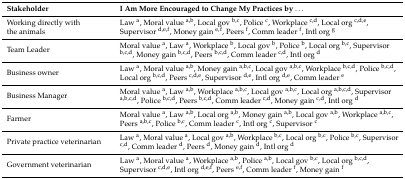
<table><thead><tr><td><b>Stakeholder</b></td><td><b>I Am More Encouraged to Change My Practices by...</b></td></tr></thead><tbody><tr><td>Working directly with the animals</td><td>Law <sup>a</sup>, Moral value <sup>a,b</sup>, Local gov <sup>b,c</sup>, Police <sup>c</sup>, Workplace <sup>c,d</sup>, Local org <sup>c,d,e</sup>, Supervisor <sup>d,e,f</sup>, Money gain <sup>e,</sup><sup>f</sup>, Peers <sup>f</sup>, Comm leader <sup>f</sup>, Intl org <sup>g</sup></td></tr><tr><td>Team Leader</td><td>Moral value <sup>a</sup>, Law <sup>a</sup>, Workplace <sup>b</sup>, Local gov <sup>b</sup>, Police <sup>b</sup>, Local org <sup>b,c</sup>, Supervisor <sup>b,c,d</sup>, Money gain <sup>b,c,d</sup>, Peers <sup>b,c,d</sup>, Comm leader <sup>c,d</sup>, Intl org <sup>d</sup></td></tr><tr><td>Business owner</td><td>Law <sup>a</sup>, Moral value <sup>a,b</sup>, Money gain <sup>a,b,c</sup>, Local gov <sup>a,b,c</sup>, Workplace <sup>b,c,d</sup>, Police <sup>b,c,d</sup>, Local org <sup>b,c,d</sup>, Peers <sup>c,d,e</sup>, Supervisor <sup>d,e</sup>, Intl org <sup>d,e</sup>, Comm leader <sup>e</sup></td></tr><tr><td>Business Manager</td><td>Moral value <sup>a</sup>, Law <sup>a,b</sup>, Workplace <sup>a,b,c</sup>, Local gov <sup>a,b,c</sup>, Local org <sup>a,b,c,d</sup>, Supervisor <sup>a,b,c,d</sup>, Police <sup>b,c,d</sup>, Peers <sup>b,c,d</sup>, Comm leader <sup>c,d</sup>, Money gain <sup>c,d</sup>, Intl org <sup>d</sup></td></tr><tr><td>Farmer</td><td>Moral value <sup>a</sup>, Law <sup>a,b</sup>, Local org <sup>a,b</sup>, Money gain <sup>a,b</sup>, Local gov <sup>a,b</sup>, Workplace <sup>a,b,c</sup>, Peers <sup>a,b,c</sup>, Police <sup>b,c</sup>, Comm leader <sup>c</sup>, Intl org <sup>c</sup>, Supervisor <sup>c</sup></td></tr><tr><td>Private practice veterinarian</td><td>Law <sup>a</sup>, Moral value <sup>a</sup>, Local gov <sup>a,b</sup>, Workplace <sup>b,c</sup>, Local org <sup>b,c</sup>, Police <sup>b,c</sup>, Supervisor <sup>c,d</sup>, Comm leader <sup>d</sup>, Peers <sup>d</sup>, Money gain <sup>d</sup>, Intl org <sup>d</sup></td></tr><tr><td>Government veterinarian</td><td>Law <sup>a</sup>, Moral value <sup>a</sup>, Workplace <sup>a,b</sup>, Police <sup>a,b</sup>, Local gov <sup>b,c</sup>, Local org <sup>b,c,d</sup>, Supervisor <sup>c,d,e</sup>, Intl org <sup>d,e,f</sup>, Peers <sup>e,f</sup>, Comm leader <sup>f</sup>, Money gain <sup>f</sup></td></tr></tbody></table>